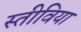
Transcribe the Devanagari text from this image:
स्तीविया